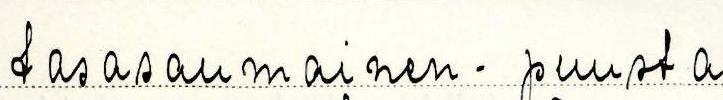
tasasaumainen - puusta